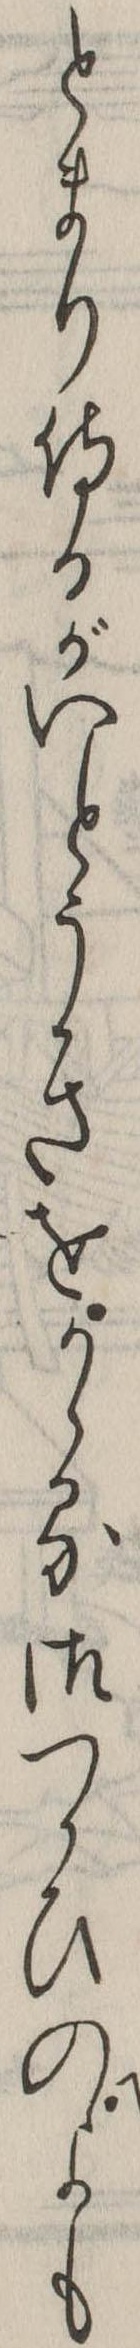
とまり侍るがいとうきをかゝる御つかひのよも